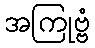
အကြုဗ္ဗံ